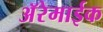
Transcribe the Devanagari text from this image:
अॅरेमाईक